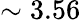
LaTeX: \sim 3.56